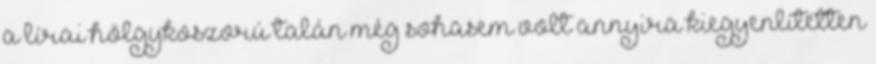
a lírai hölgykoszorú talán még sohasem volt annyira kiegyenlítetten